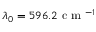
\lambda _ { 0 } = 5 9 6 . 2 \mathrm { ~ c ~ m ~ } ^ { - 1 }